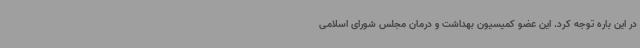
در این باره توجه کرد. این عضو کمیسیون بهداشت و درمان مجلس شورای اسلامی